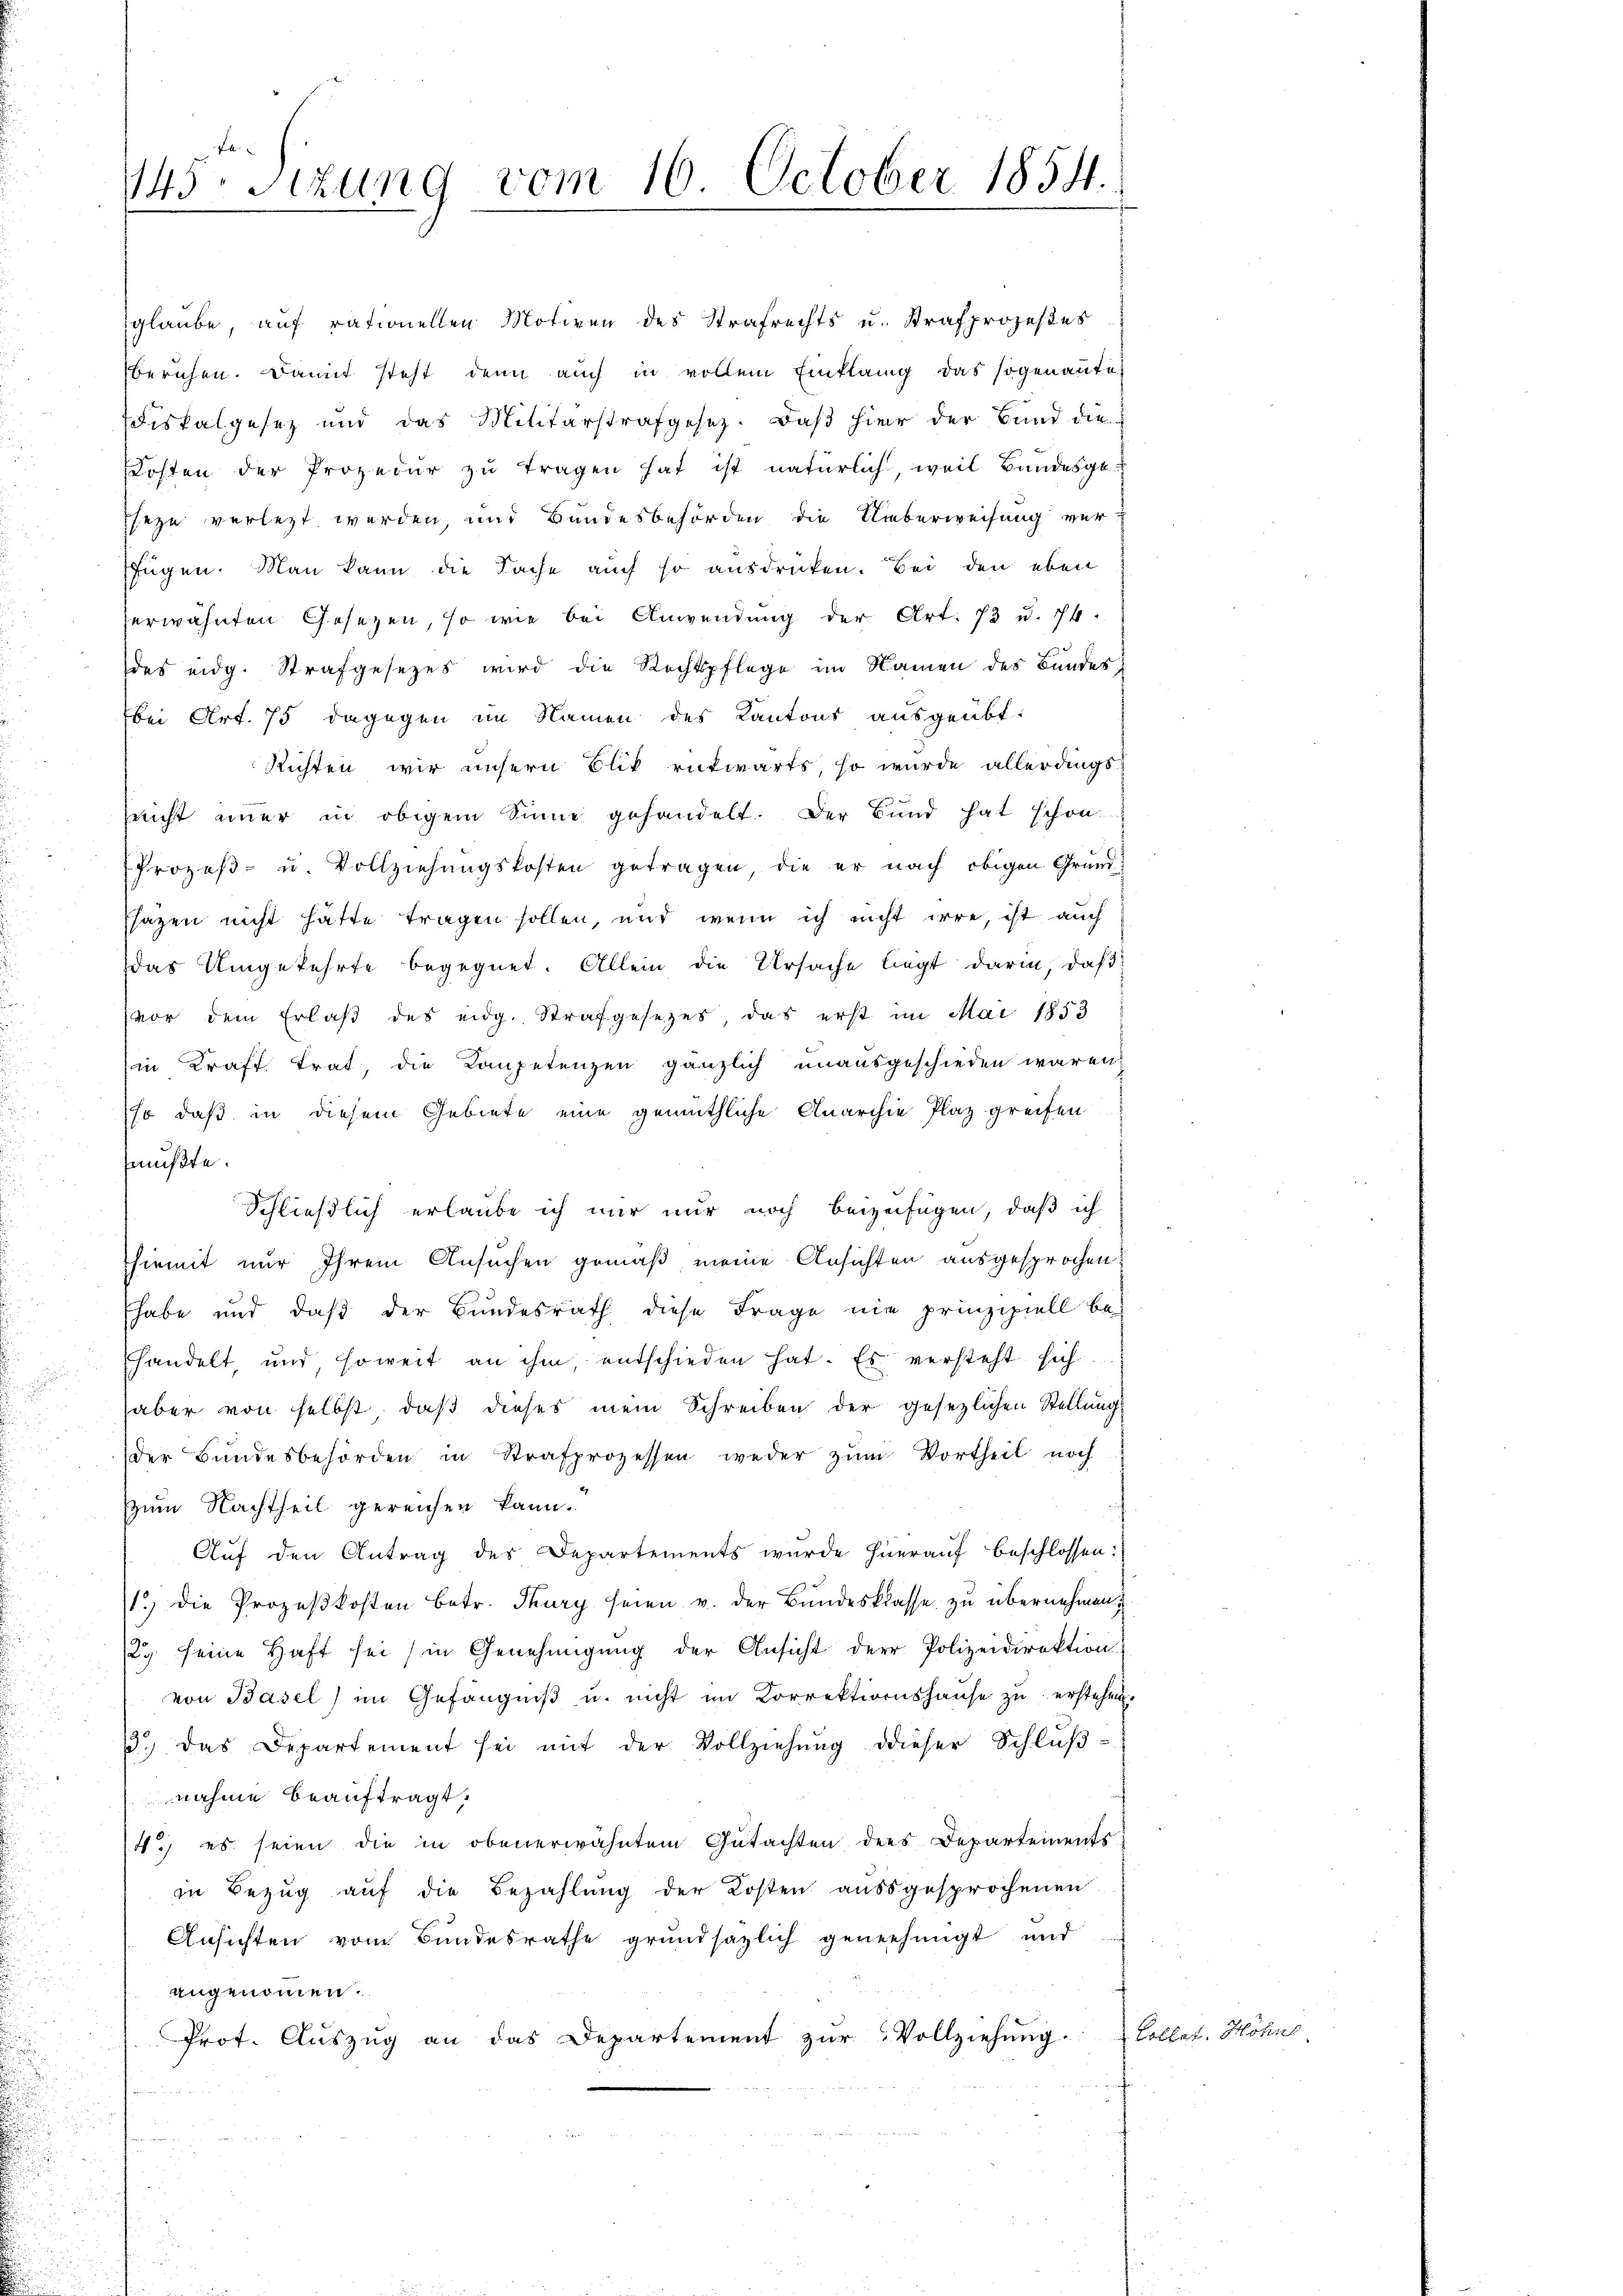
145. Sizung vom 16. October 1854.

glaube, auf rationellen Motiven des Strafrechts u. Strafprozestes
beruhen. Damit steht denn auch in vollem Einklang das sogenannte
diskalgesetz und das Militärstrafgesetz. Daß hier der Bund die
Kosten der Prozedur zu tragen hat ist natürlich, weil Bundesgeseze verletzt werden, und Bundesbehörden die Ueberweisung verfügen. Man kann die Sache auch so ausdrücken. Bei den eben
erwähnten Gesetzen, so wie bei Anwendŭng der Art. 73 u. 74.
des eidg. Strafgesetzes wird die Rechtspflege im Namen des Bundesbei Art. 75 dagegen im Namen des Kantons ausgeübt.
Richten wir unsern Blik rükwärts, so wurde allerdings
leicht einer in obigem Sinne gehandelt. Der Bund hat schon
Prozeß- u. Vollziehungskosten getragen, die er nach obigen Grund-
ssagen nicht hätte tragen sollen, und wenn ich nicht irre, ist auch
das Umgekehrte begegnet. Allein die Ursache liegt darin, daß
vor dem Erlaβ des eidg. Strafgesetzes das erst im Mai 1853
in Kraft trat, die Kompetenzen gänzlich unausgeschieden wären,
so daß in diesem Gebiete eine gemüthliche Anarchie Plaz greifen
mußte.
Schließlich erlaube ich mir nur noch beizufügen, daß ich
hiemit nur Ihrem Ansuchen gemäß meine Ansichten ausgesprochen,
Ehabe und daß der Bundesrath diese Frage nie prinzipiell be
handelt und soweit an ihm, entschieden hat. Es versteht sich
aber von selbst, daß dieses mein Schreiben der gesezlichen Stellung
der Bundesbehörden in Strafprozessen weder zum Vortheil noch
zum Nachtheil gereichen kann.
Auf den Antrag des Departements wurde hierauf beschlossen:
1) die Prozeßkosten betr. Thury seien v. der Bundesklasse zu übernehmen u
29. seine Haft sei (in Genehmigung der Ansicht der Polizeidirektion
von Basel) im Gefängniβ u. nicht im Korrektionshause zu erstehen.
3.) Das Departement sei mit der Vollziehŭng dieser Schlŭβ-
nahme beauftragt,
4.) es seien die in obenerwähntem Gutachten des Departements
in Bezug auf die Bezahlung der Kosten ausgesprochenen
Ansichten vom Bundesrathe grundsazlich genehmigt und
angenommen.
Prot. Aŭszŭg an das Departement zŭr Vollziehŭng.

.
u
r

Bollast. Höhenl